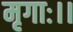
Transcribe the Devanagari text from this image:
मृगाः।।